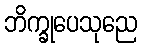
ဘိက္ခုပေသုညေ